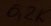
Text: 6,2K